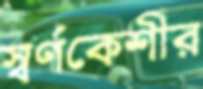
স্বর্ণকেশীর